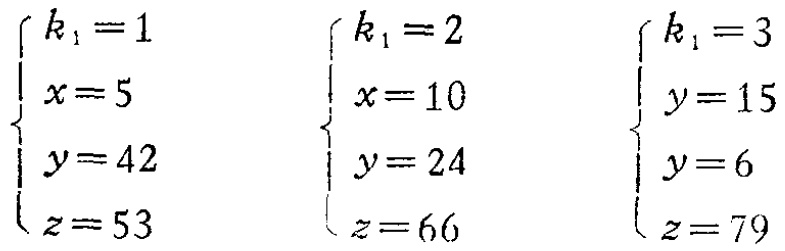
\(\begin{cases}

k_1 = 1 \\

x = 5 \\

y = 42 \\

z = 53

\end{cases}\)

\(\begin{cases}

k_1 = 2 \\

x = 10 \\

y = 24 \\

z = 66

\end{cases}\)

\(\begin{cases}

k_1 = 3 \\

y = 15 \\

y = 6 \\

z = 79

\end{cases}\)